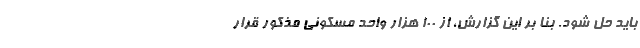
باید حل شود. بنا بر این گزارش، از ۱۰۰ هزار واحد مسکونی مذکور قرار